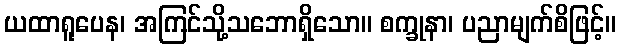
ယထာရူပေန၊ အကြင်သို့သဘောရှိသော။ စက္ခုနာ၊ ပညာမျက်စိဖြင့်။